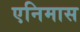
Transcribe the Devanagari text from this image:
एनिमास